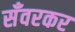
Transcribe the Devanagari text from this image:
सँवरकर